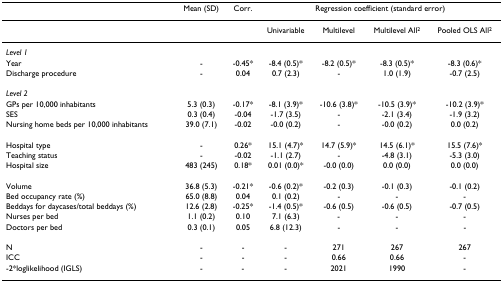
|  | Mean (SD) | Corr. | <COLSPAN=4> Regression coefficient (standard error) |
 | --- | --- | --- | --- | --- | --- | --- |
 |  |  |  | Univariable | Multilevel | Multilevel All2 | Pooled OLS All2 |
 | Level 1 |  |  |  |  |  |  |
 | Year | - | -0.45* | -8.4 (0.5)* | -8.2 (0.5)* | -8.3 (0.5)* | -8.3 (0.6)* |
 | Discharge procedure | - | 0.04 | 0.7 (2.3) | - | 1.0 (1.9) | -0.7 (2.5) |
 | Level 2 |  |  |  |  |  |  |
 | GPs per 10,000 inhabitants | 5.3 (0.3) | -0.17* | -8.1 (3.9)* | -10.6 (3.8)* | -10.5 (3.9)* | -10.2 (3.9)* |
 | SES | 0.3 (0.4) | -0.04 | -1.7 (3.5) | - | -2.1 (3.4) | -1.9 (3.2) |
 | Nursing home beds per 10,000 inhabitants | 39.0 (7.1) | -0.02 | -0.0 (0.2) | - | -0.0 (0.2) | 0.0 (0.2) |
 | Hospital type | - | 0.26* | 15.1 (4.7)* | 14.7 (5.9)* | 14.5 (6.1)* | 15.5 (7.6)* |
 | Teaching status | - | -0.02 | -1.1 (2.7) | - | -4.8 (3.1) | -5.3 (3.0) |
 | Hospital size | 483 (245) | 0.18* | 0.01 (0.0)* | -0.0 (0.0) | 0.0 (0.0) | 0.0 (0.0) |
 | Volume | 36.8 (5.3) | -0.21* | -0.6 (0.2)* | -0.2 (0.3) | -0.1 (0.3) | -0.1 (0.2) |
 | Bed occupancy rate (%) | 65.0 (8.8) | 0.04 | 0.1 (0.2) | - | - | - |
 | Beddays for daycases/total beddays (%) | 12.6 (2.8) | -0.25* | -1.4 (0.5)* | -0.6 (0.5) | -0.6 (0.5) | -0.7 (0.5) |
 | Nurses per bed | 1.1 (0.2) | 0.10 | 7.1 (6.3) | - | - | - |
 | Doctors per bed | 0.3 (0.1) | 0.05 | 6.8 (12.3) | - | - | - |
 | N | - | - | - | 271 | 267 | 267 |
 | ICC | - | - | - | 0.66 | 0.66 | - |
 | -2*loglikelihood (IGLS) | - | - | - | 2021 | 1990 | - |